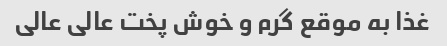
غذا به موقع گرم و خوش پخت عالی عالی